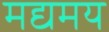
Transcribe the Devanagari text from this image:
मद्यमय